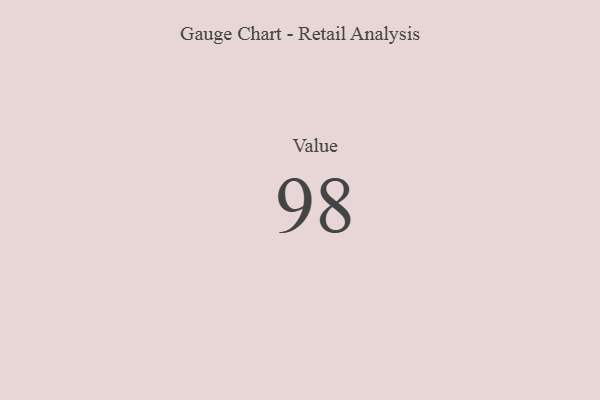
{"axis": {"x": "Metric", "y": "Value"}, "legend": [""], "data": [{"x": "Value", "y": 98, "type": ""}]}